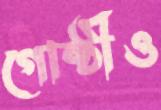
গোষ্ঠীও